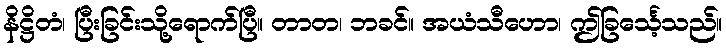
နိဋ္ဌိတံ၊ ပြီးခြင်းသို့ရောက်ပြီ။ တာတ၊ ဘခင်။ အယံသီဟော၊ ဤခြင်္သေ့သည်။